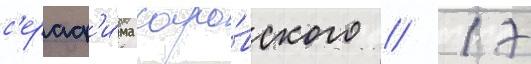
с'ераф'и́ма саро́вского // 17